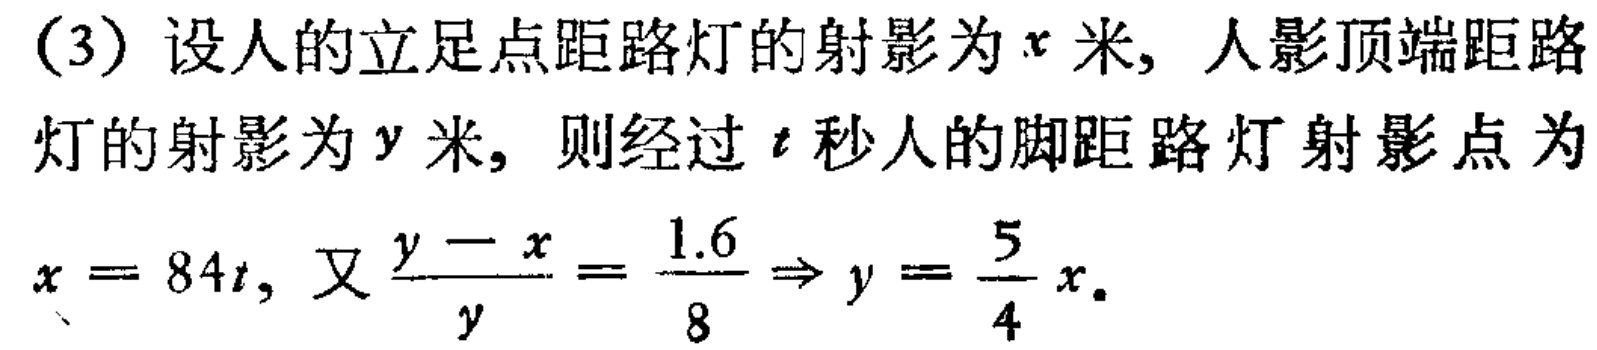
(3) 设人的立足点距路灯的射影为\(x\)米, 人影顶端距路灯的射影为\(y\)米, 则经过\(t\)秒人的脚距路灯射影点为\(x = 84t\), 又\(\frac{y - x}{y}=\frac{1.6}{8}\Rightarrow y=\frac{5}{4}x\).